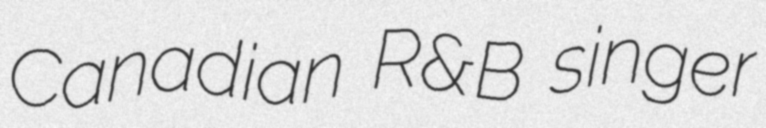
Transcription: Canadian R&B singer